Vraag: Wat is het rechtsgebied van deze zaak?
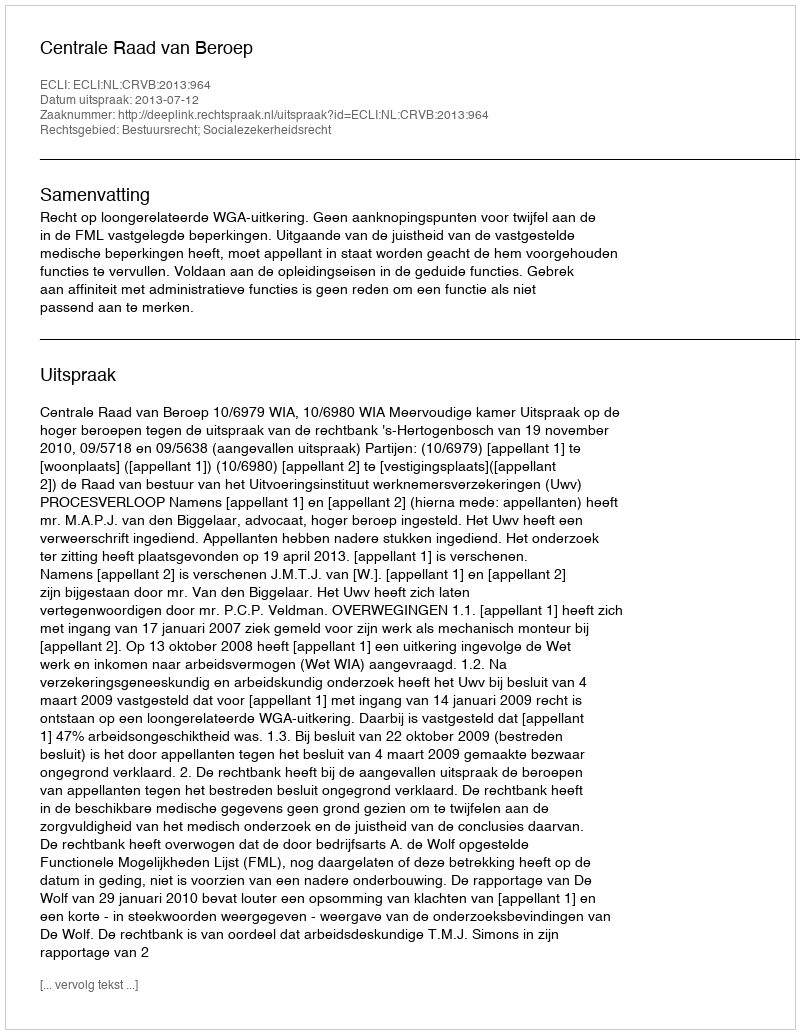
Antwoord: Bestuursrecht; Socialezekerheidsrecht